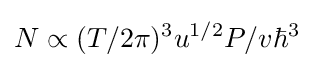
N\propto (T/2\pi )^{3}u^{1/2}P/v\hbar ^{3}